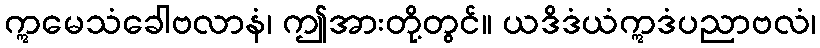
ဣမေသံခေါဗလာနံ၊ ဤအားတို့တွင်။ ယဒိဒံယံဣဒံပညာဗလံ၊